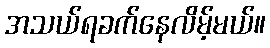
အသယ်ရခက်နေလိမ့်မယ်။